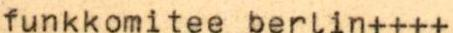
funkkomitee berlin++++